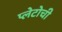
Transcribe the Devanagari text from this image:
प्लेटोची